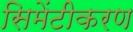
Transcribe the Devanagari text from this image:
सिमेंटीकरण